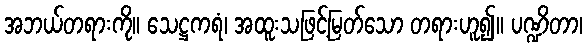
အဘယ်တရားကို။ သေဋ္ဌကရံ၊ အထူးသဖြင့်မြတ်သော တရားဟူ၍။ ပဏ္ဍိတာ၊